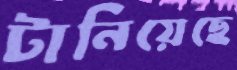
টানিয়েছে